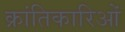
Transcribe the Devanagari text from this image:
क्रांतिकारिओं